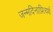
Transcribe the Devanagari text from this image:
जन्मदिनाप्रित्यर्थ